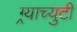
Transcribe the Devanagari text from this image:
ग्र्याच्युटी